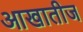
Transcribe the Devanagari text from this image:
आखातीज